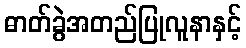
ဓာတ်ခွဲအတည်ပြုလူနာနှင့်